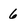
Character: 6